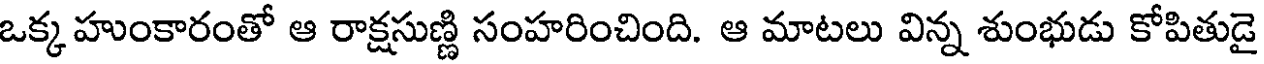
ఒక్క హుంకారంతో ఆ రాక్షసుణ్ణి సంహరించింది. ఆ మాటలు విన్న శుంభుడు కోపితుడై